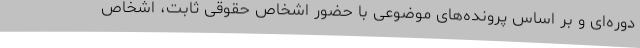
دوره‌ای و بر اساس پرونده‌های موضوعی با حضور اشخاص حقوقی ثابت، اشخاص